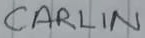
Text: CARLIN